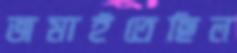
জমাইতেছিল